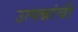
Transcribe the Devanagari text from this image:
उत्पन्नांची